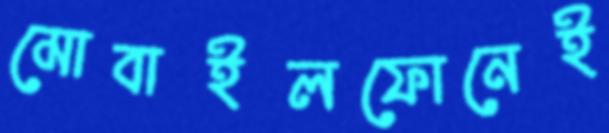
মোবাইলফোনেই